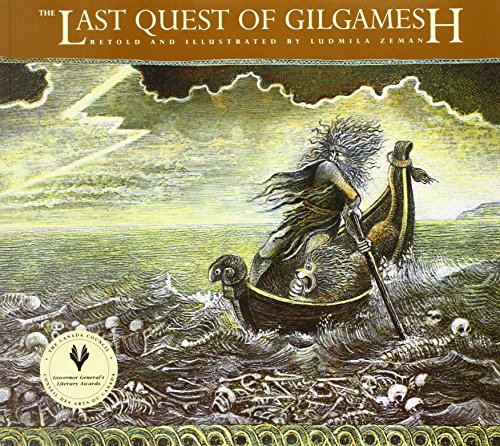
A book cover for The Last Quest of Gilgamesh (The Gilgamesh Trilogy); Ludmila Zeman; Biographies & Memoirs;